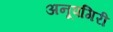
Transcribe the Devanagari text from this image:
अनूपगिरी